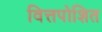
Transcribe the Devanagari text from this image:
वित्तपोशित